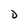
Character: D